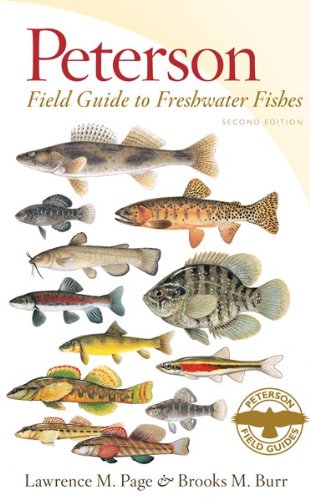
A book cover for Peterson Field Guide to Freshwater Fishes, Second Edition (Peterson Field Guides); Lawrence M. Page; Science & Math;